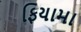
ફિયામા